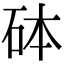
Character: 砵